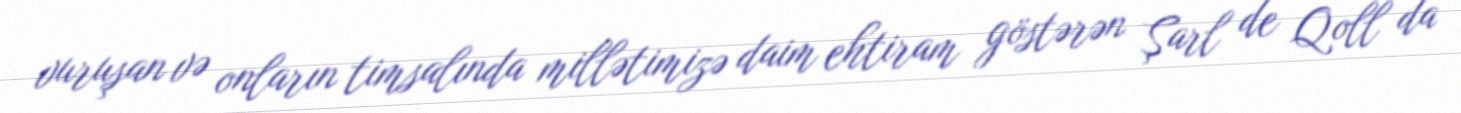
vuruşan və onların timsalında millətimizə daim ehtiram göstərən Şarl de Qoll da